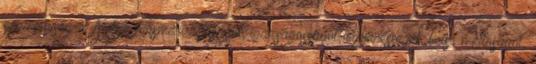
személyiség-e. Akiben felismeri a jóságot, igazságosságot, egyenességet, belső méltóságot,